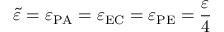
\Tilde { \varepsilon } = \varepsilon _ { \mathrm { P A } } = \varepsilon _ { \mathrm { E C } } = \varepsilon _ { \mathrm { P E } } = \frac { \varepsilon } { 4 }